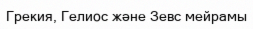
Грекия, Гелиос және Зевс мейрамы